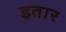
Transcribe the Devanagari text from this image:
इतार